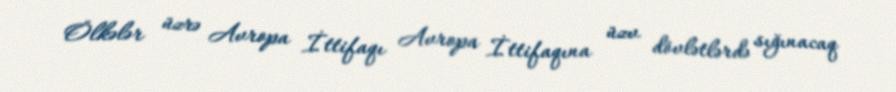
Ölkələr üzrə Avropa İttifaqı Avropa İttifaqına üzv dövlətlərdə sığınacaq